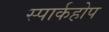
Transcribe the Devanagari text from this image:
स्पार्कहोप